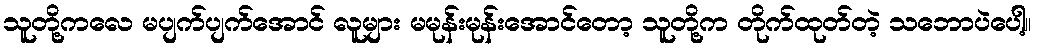
သူတို့ကလေ မပျက်ပျက်အောင် လူများ မမုန်းမုန်းအောင်တော့ သူတို့က တိုက်ထုတ်တဲ့ သဘောပဲပေါ့။